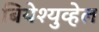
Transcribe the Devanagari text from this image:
बियेश्युव्हेल